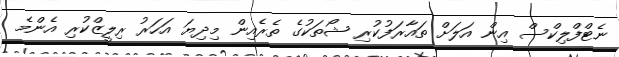
ނެޓްފްލިކްސް އިން އަލަށް ތައާރަފުކުރި ޝޯތަކުގެ ތެރެއިން މިދިޔަ އަހަރު ރިލީޒްކުރި އެންމެ